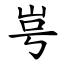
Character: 㞻